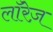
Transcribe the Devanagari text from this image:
लॉरेज़